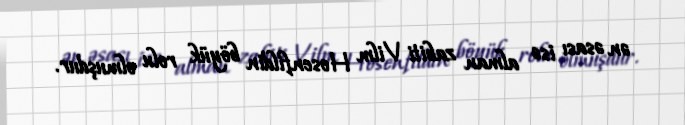
ən əsası isə alman zabiti Vilm Hosenfildin böyük rolu olmuşdur.